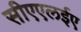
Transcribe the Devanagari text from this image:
सीएएलईए